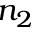
n _ { 2 }